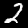
Digit: 2